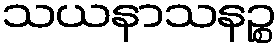
သယနာသနဉ္စ